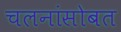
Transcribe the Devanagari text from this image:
चलनांसोबत